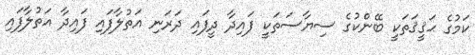
ކަމުގެ ޙަޤީޤަތަކީ ބޭންކުގެ ސިޔާސަތަކީ ފައިދާ ދީފައި ދަރަނި އަތުލާފައި ފައިދާ އަތުލާފައި